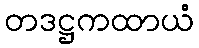
တဒဋ္ဌကထာယံ